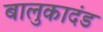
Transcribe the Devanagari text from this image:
बालुकादंड